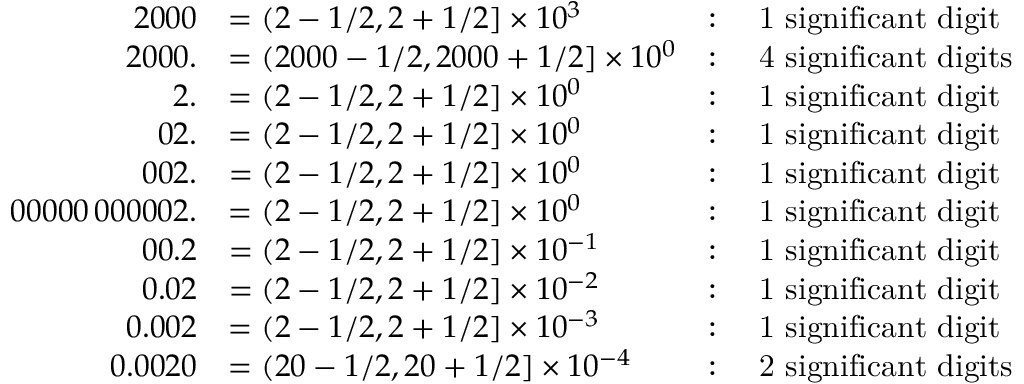
\begin{array} { r l r l } { 2 0 0 0 } & { = ( 2 - 1 / 2 , 2 + 1 / 2 ] \times 1 0 ^ { 3 } } & { : } & { \mathrm { ~ 1 ~ s i g n i f i c a n t ~ d i g i t } } \\ { 2 0 0 0 . } & { = ( 2 0 0 0 - 1 / 2 , 2 0 0 0 + 1 / 2 ] \times 1 0 ^ { 0 } } & { : } & { \mathrm { ~ 4 ~ s i g n i f i c a n t ~ d i g i t s } } \\ { 2 . } & { = ( 2 - 1 / 2 , 2 + 1 / 2 ] \times 1 0 ^ { 0 } } & { : } & { \mathrm { ~ 1 ~ s i g n i f i c a n t ~ d i g i t } } \\ { 0 2 . } & { = ( 2 - 1 / 2 , 2 + 1 / 2 ] \times 1 0 ^ { 0 } } & { : } & { \mathrm { ~ 1 ~ s i g n i f i c a n t ~ d i g i t } } \\ { 0 0 2 . } & { = ( 2 - 1 / 2 , 2 + 1 / 2 ] \times 1 0 ^ { 0 } } & { : } & { \mathrm { ~ 1 ~ s i g n i f i c a n t ~ d i g i t } } \\ { 0 0 0 0 0 \, 0 0 0 0 0 2 . } & { = ( 2 - 1 / 2 , 2 + 1 / 2 ] \times 1 0 ^ { 0 } } & { : } & { \mathrm { ~ 1 ~ s i g n i f i c a n t ~ d i g i t } } \\ { 0 0 . 2 } & { = ( 2 - 1 / 2 , 2 + 1 / 2 ] \times 1 0 ^ { - 1 } } & { : } & { \mathrm { ~ 1 ~ s i g n i f i c a n t ~ d i g i t } } \\ { 0 . 0 2 } & { = ( 2 - 1 / 2 , 2 + 1 / 2 ] \times 1 0 ^ { - 2 } } & { : } & { \mathrm { ~ 1 ~ s i g n i f i c a n t ~ d i g i t } } \\ { 0 . 0 0 2 } & { = ( 2 - 1 / 2 , 2 + 1 / 2 ] \times 1 0 ^ { - 3 } } & { : } & { \mathrm { ~ 1 ~ s i g n i f i c a n t ~ d i g i t } } \\ { 0 . 0 0 2 0 } & { = ( 2 0 - 1 / 2 , 2 0 + 1 / 2 ] \times 1 0 ^ { - 4 } } & { : } & { \mathrm { ~ 2 ~ s i g n i f i c a n t ~ d i g i t s } } \end{array}